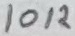
Text: 10K